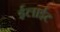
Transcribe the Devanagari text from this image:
ईलाईट